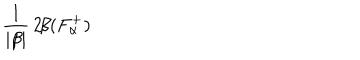
LaTeX: \frac { 1 } { | \beta | } \, 2 \! \beta ( F _ { \alpha } ^ { + } ) ~